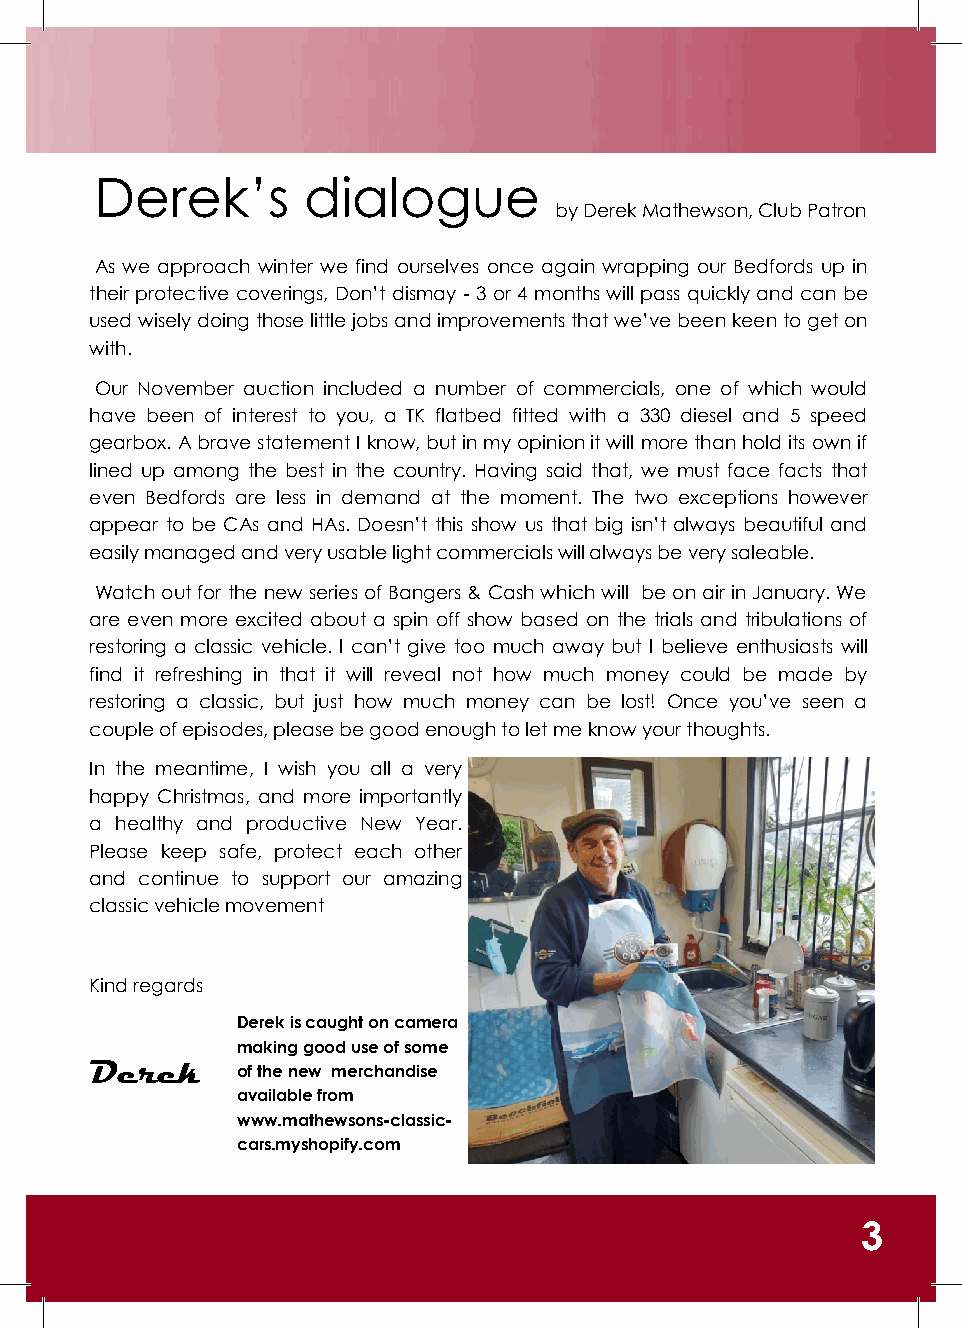
Derek’s       dialogue
 by Derek Mathewson, Club Patron
 As we approach winter we find ourselves once again wrapping our Bedfords up in
 their protective coverings, Don’t dismay - 3 or 4 months will pass quickly and can be
 used wisely doing those little jobs and improvements that we’ve been keen to get on
 with.
 Our November auction included a number of commercials, one of which would
 have been of interest to you, a TK flatbed fitted with a 330 diesel and 5 speed
 gearbox. A brave statement I know, but in my opinion it will more than hold its own if
 lined up among the best in the country. Having said that, we must face facts that
 even Bedfords are less in demand at the moment. The two exceptions however
 appear to be CAs and HAs. Doesn’t this show us that big isn’t always beautiful and
 easily managed and very usable light commercials will always be very saleable.
 Watch out for the new series of Bangers & Cash which will be on air in January. We
 are even more excited about a spin off show based on the trials and tribulations of
 restoring a classic vehicle. I can’t give too much away but I believe enthusiasts will
 find it refreshing in that it will reveal not how much money could be made by
 restoring a classic, but just how much money can be lost! Once you’ve seen a
 couple of episodes, please be good enough to let me know your thoughts.
 In the meantime, I wish you all a very
 happy Christmas, and more importantly
 a healthy and productive New Year.
 Please keep safe, protect each other
 and continue to support our amazing
 classic vehicle movement
 Kind regards
 Derek is caught on camera
 making good use of some
 Derek     of the new merchandise
 available from
 www.mathewsons-classic-
 cars.myshopify.com
 3